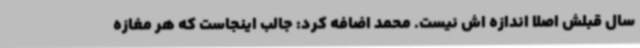
سال قبلش اصلا اندازه اش نیست. محمد اضافه کرد: جالب اینجاست که هر مغازه